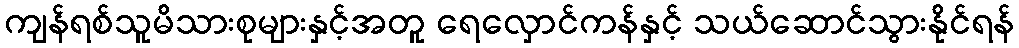
ကျန်ရစ်သူမိသားစုများနှင့်အတူ ရေလှောင်ကန်နှင့် သယ်ဆောင်သွားနိုင်ရန်